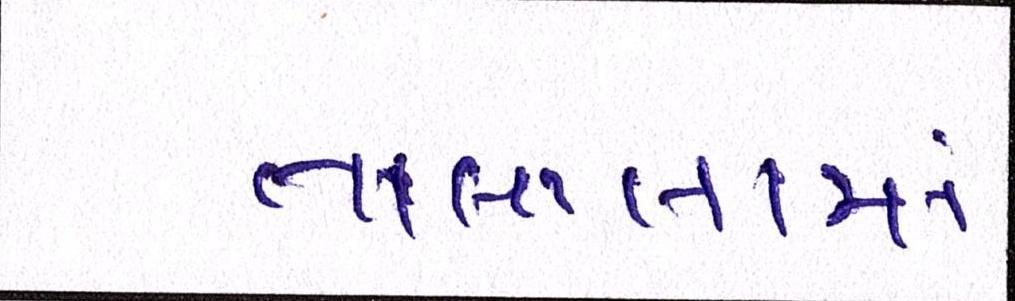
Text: તાલાલામાં